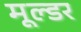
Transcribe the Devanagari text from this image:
मूल्डर